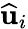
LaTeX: \widehat{\mathbf{u}}_{i}